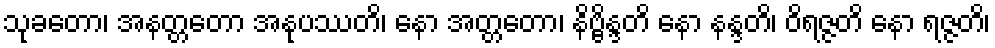
သုခတော၊ အနတ္တတော အနုပဿတိ၊ နော အတ္တတော၊ နိဗ္ဗိန္ဒတိ နော နန္ဒတိ၊ ဝိရဇ္ဇတိ နော ရဇ္ဇတိ၊